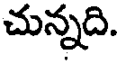
చున్నది.